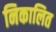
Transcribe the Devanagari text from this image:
निकालित